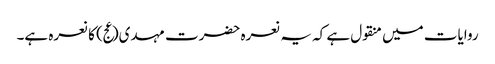
روایات میں منقول ہے کہ یہ نعرہ حضرت مہدی(عج) کا نعرہ ہے۔